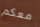
معكم